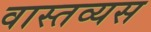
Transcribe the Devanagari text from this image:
वास्तव्यस